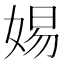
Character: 㛫